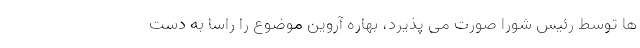
ها توسط رئیس شورا صورت می پذیرد، بهاره آروین موضوع را راسا به دست